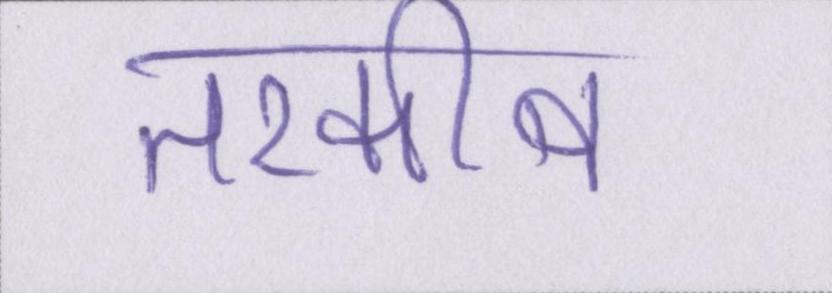
तरकीब